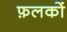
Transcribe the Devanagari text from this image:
फ़लकों